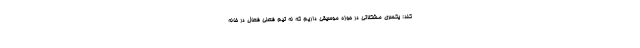
کند: یکسری مشکلاتی در حوزه موسیقی داریم که نه تیم فعلی فعال در خانه